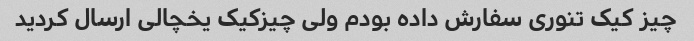
چیز کیک تنوری سفارش داده بودم ولی چیزکیک یخچالی ارسال کردید